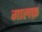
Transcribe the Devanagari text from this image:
गालफ़